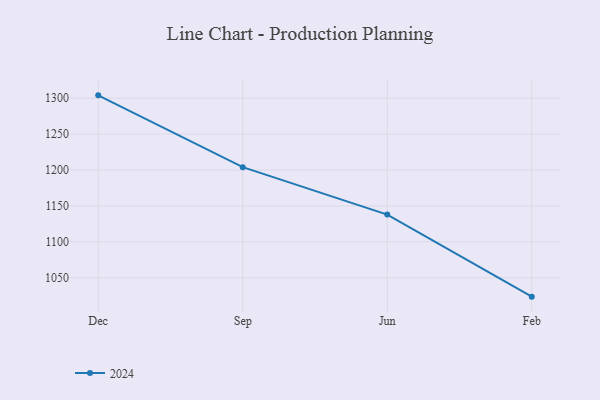
{"axis": {"x": "Month", "y": "Energy Usage (MWh)"}, "legend": ["2024"], "data": [{"x": "Dec", "y": 1303.9, "type": "2024"}, {"x": "Sep", "y": 1204.0, "type": "2024"}, {"x": "Jun", "y": 1138.0, "type": "2024"}, {"x": "Feb", "y": 1023.8, "type": "2024"}]}